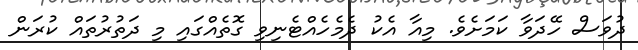
ދުވަސް ހޭދަވާ ކަމަށެވެ. މިއާ އެކު ދެމެހެއްޓެނިވި ގޮތެއްގައި މި ދަތުރުތައް ކުރަން